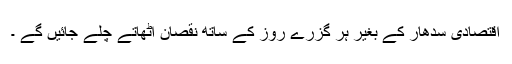
اقتصادی سدھار کے بغیر ہر گزرے روز کے ساتھ نقصان اٹھاتے چلے جائیں گے ۔